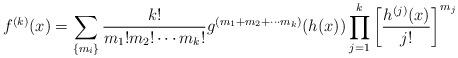
LaTeX: \begin{align*}f^{(k)}(x)=\sum_{\left\{m_i\right\}}\frac{k!}{m_1!m_2!\cdots m_k!}g^{(m_1+m_2+\cdots m_k)}(h(x))\prod_{j=1}^k\left[\frac{h^{(j)}(x)}{j!}\right]^{m_j}\end{align*}